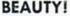
BEAUTY!